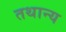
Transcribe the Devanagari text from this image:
तथान्य